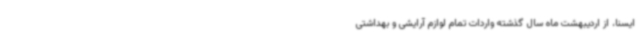
ایسنا، از اردیبهشت ماه سال گذشته واردات تمام لوازم آرایشی و بهداشتی